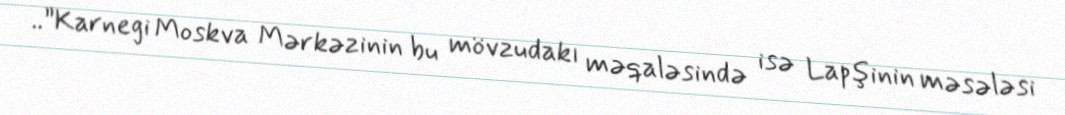
..”Karnegi Moskva Mərkəzinin bu mövzudakı məqaləsində isə Lapşinin məsələsi